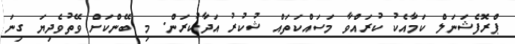
ޕްރޮފެޝަނަލް ކަމާއެކު ކުރައްވާ މަސައްކަތައް ޝުކުރު އަދާކުރަން. މި ބޭންކަށް ވޭތުވެދިޔަ ގިނަ